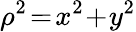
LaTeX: \rho^{2}\! =\! x^{2}\! +\! y^{2}